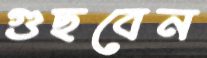
গুছবেন